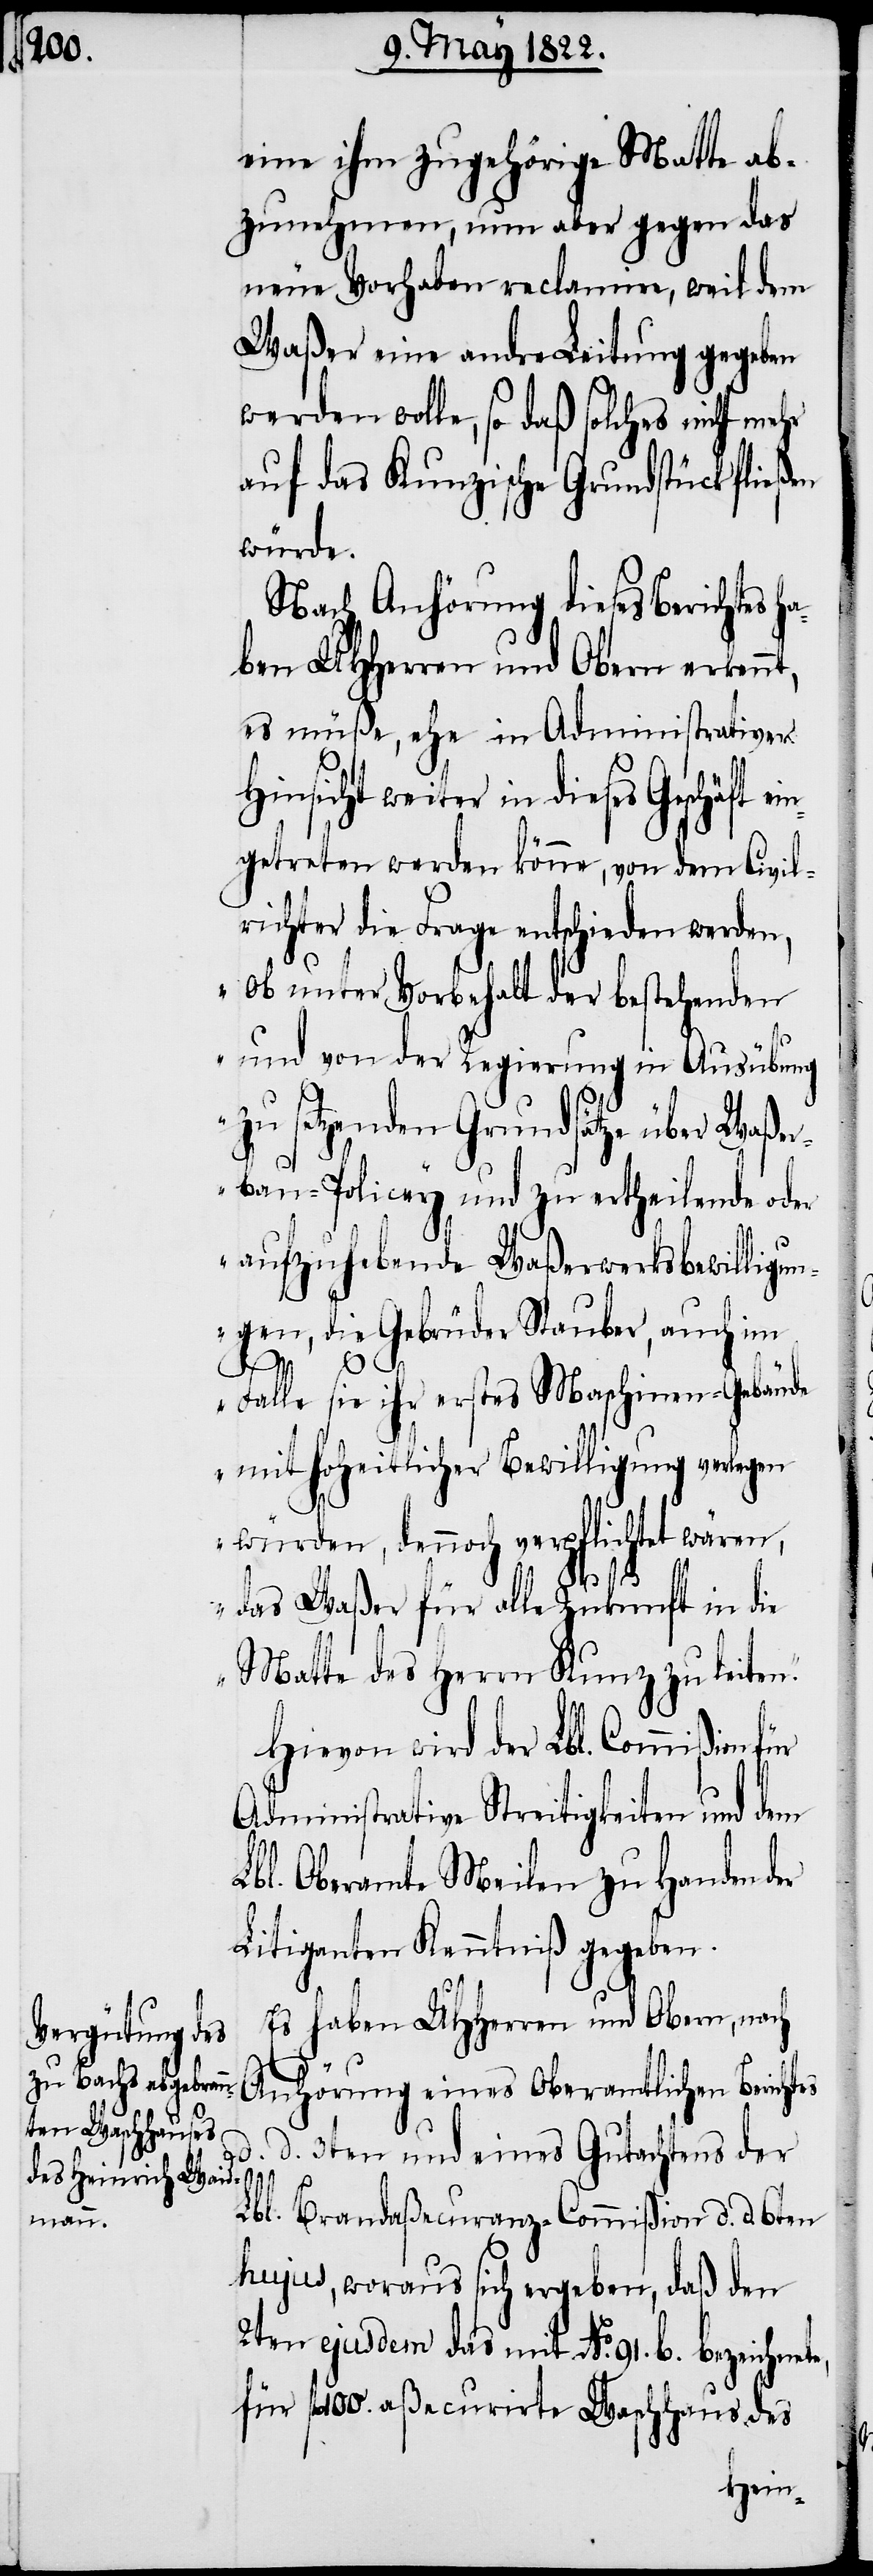
eine ihm zugehörige Matte ab¬
zunehmen, nun aber gegen das
neue Vorhaben reclamire, weil dem
Waßer eine andre Leitung gegeben
werden wolle, so daß solches nicht mehr
auf das Kunzischen Grundstück fließen
würde.
Nach Anhörung dieses Berichtes h¬
aben UHHerren und Obern erkennt,
es müße, ehe in Administrativer
Hinsicht weiter in dieses Geschäft
getreten werden könne, von dem Civil¬
richter die Frage entschieden werden,
„ob unter Vorbehalt der bestehenden
und von der Regierung in Ausübung
zu setzenden Grundsätze über Waßer¬
bau-Policey und zu ertheilende oder
aufzuhebende Waßerwerksbewilligun¬
gen, die Gebrüder Stauber, auch im
Falle sie ihr erstes Maschinen-Gebäude
mit hoheitlicher Bewilligung verlegen
würden, dennoch verpflichtet wären,
das Waßer für alle Zukunft in die
Matte des Herrn Kunz zu leiten.“
Hievon wird der Lbl. Commißion
Administrative Streitigkeiten und dem
Lbl. Oberamte Meilen zu Handen der
Litiganten Kenntniß gegeben.
Es haben UHHerren und Obern, nach
ein¬
Anhörung eines Oberamtlichen Berich¬
e,
d. 3ten und eines Gutachtens der
Lbl. Brandaßecuranz-Commißion d. d. 6ten
hujus, woraus sich ergeben, daß den
2ten ejusdem das mit No. 91. b. bezeichnet¬
fl. 100. aßecurirte Waschhaus des